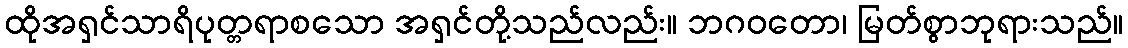
ထိုအရှင်သာရိပုတ္တရာစသော အရှင်တို့သည်လည်း။ ဘဂဝတော၊ မြတ်စွာဘုရားသည်။